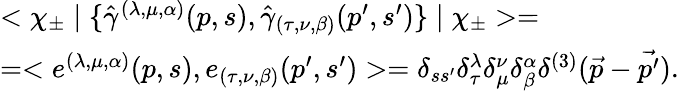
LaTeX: \begin{array}{l}{{<\chi_{\pm}\mid\{ {\hat{\gamma}}^{(\lambda,\mu,\alpha)}(p,s),{\hat{\gamma}}_{(\tau,\nu,\beta)}(p^{\prime},s^{\prime})\} \mid\chi_{\pm}>=}}\\ {{=<e^{(\lambda,\mu,\alpha)}(p,s),e_{(\tau,\nu,\beta)}(p^{\prime},s^{\prime})>=\delta_{ss^{\prime}}\delta_{\tau}^{\lambda}\delta_{\mu}^{\nu}\delta_{\beta}^{\alpha}\delta^{(3)}(\vec{p}-\vec{p^{\prime}}).}}\end{array}